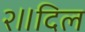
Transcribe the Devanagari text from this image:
२॥दिल